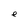
Character: e